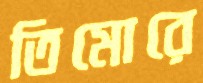
তিমোরে